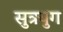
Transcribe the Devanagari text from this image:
सुत्रयुग